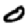
Digit: 0